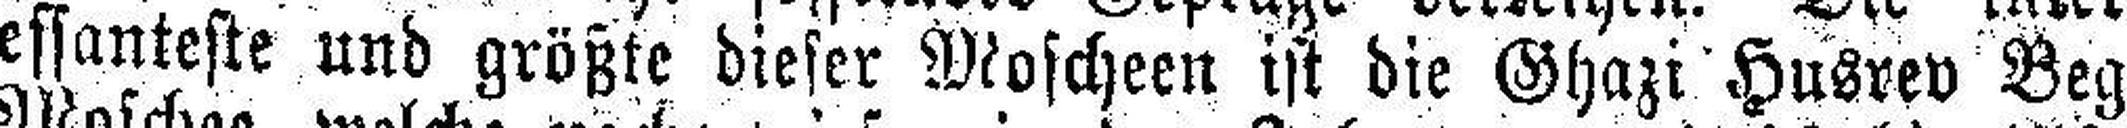
essanteste und größte dieser Moscheen ist die Ghazi Husrev Beg=